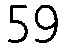
59